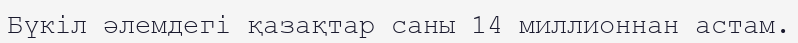
Бүкіл әлемдегі қазақтар саны 14 миллионнан астам.